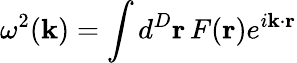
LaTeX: \omega^{2}({\mathbf k})=\int d^{D}{\mathbf r}\, F({\mathbf r})e^{i{\mathbf k}\cdot{\mathbf r}}